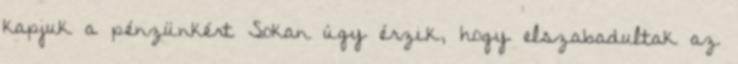
kapjuk a pénzünkért Sokan úgy érzik, hogy elszabadultak az